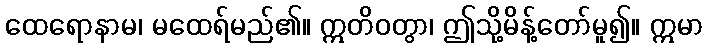
ထေရောနာမ၊ မထေရ်မည်၏။ ဣတိဝတွာ၊ ဤသို့မိန့်တော်မူ၍။ ဣမာ